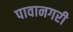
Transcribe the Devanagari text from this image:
पावानगरी